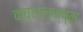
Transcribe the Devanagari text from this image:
क्ष्ल्ल्क्ष्म